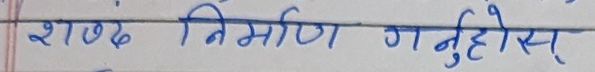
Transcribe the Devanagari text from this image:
शब्द निर्माण गर्नुहोस्